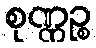
စုဏ္ဏဉ္စ